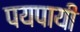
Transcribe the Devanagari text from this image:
पयपायी